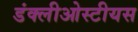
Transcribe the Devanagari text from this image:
डंक्लीओस्टीयस